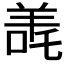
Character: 𬙳